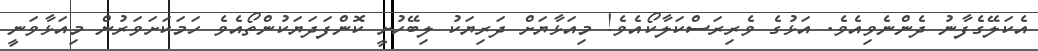
އެކަލޭގެފާނު ދެންނެވިއެވެ. އަޅުގެ ވެރިރަސްކަލާކޯއެވެ! މިއަޅާޔަށް ދަރިޔަކު ލިބޭހުށީ ކޮންފަދަޔަކުންތޯއެވެ ހަމަކަށަވަރުން މިއަޅާވަނީ